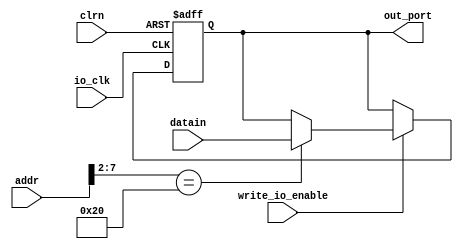
module io_output_reg(addr,datain,write_io_enable,io_clk,clrn,out_port);
	
	input		[31:0]	addr,datain;
	input				write_io_enable,io_clk;
	input				clrn;
	
	output	[31:0]	out_port;
	
	reg		[31:0]	out_port;
	
	always @(posedge io_clk or negedge clrn)
		begin
			if(clrn == 0)
				begin
					out_port <= 0;
				end
			else
				begin
					if(write_io_enable == 1)
						case(addr[7:2])
							6'b100000: out_port <= datain;
						endcase
				end			
		end

endmodule